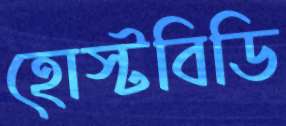
হোস্টবিডি